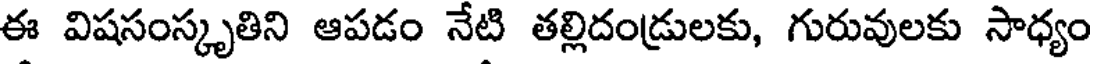
ఈ విషసంస్కృతిని ఆపడం నేటి తల్లిదండ్రులకు, గురువులకు సాధ్యం